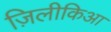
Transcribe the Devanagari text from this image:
ज़िलीकिआ